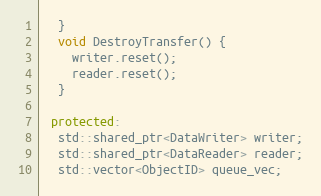
Language: C++
  }
  void DestroyTransfer() {
    writer.reset();
    reader.reset();
  }

 protected:
  std::shared_ptr<DataWriter> writer;
  std::shared_ptr<DataReader> reader;
  std::vector<ObjectID> queue_vec;